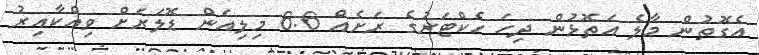
އެގޮތުން މާލެ އަތޮޅުން ދިހަ ހެކްޓަރުގެ ރަށެއް 6.6 މިލިއަން ޑޮލަރަށް ވިއްކާއިރު